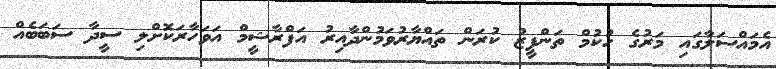
އެމައްސަލާގައި މަރުގެ ހުކުމް ތަންފީޒު ކުރަން ތައްޔާރުވަމުންދާއިރު އަފްރާޝީމް އަވަހާރަކޮށްލި ސީދާ ސަބަބެއް